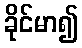
ခိုင်မာ၍